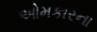
ઓમકારના